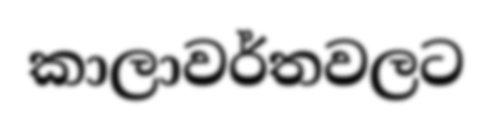
කාලාවර්තවලට